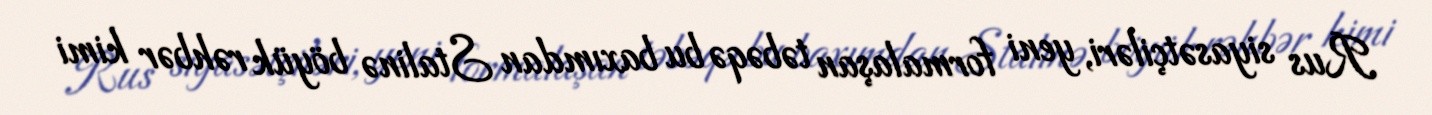
Rus siyasətçiləri, yeni formalaşan təbəqə bu baxımdan Stalinə böyük rəhbər kimi